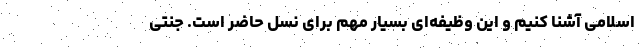
اسلامی آشنا کنیم و این وظیفه‌ای بسیار مهم برای نسل حاضر است. جنتی